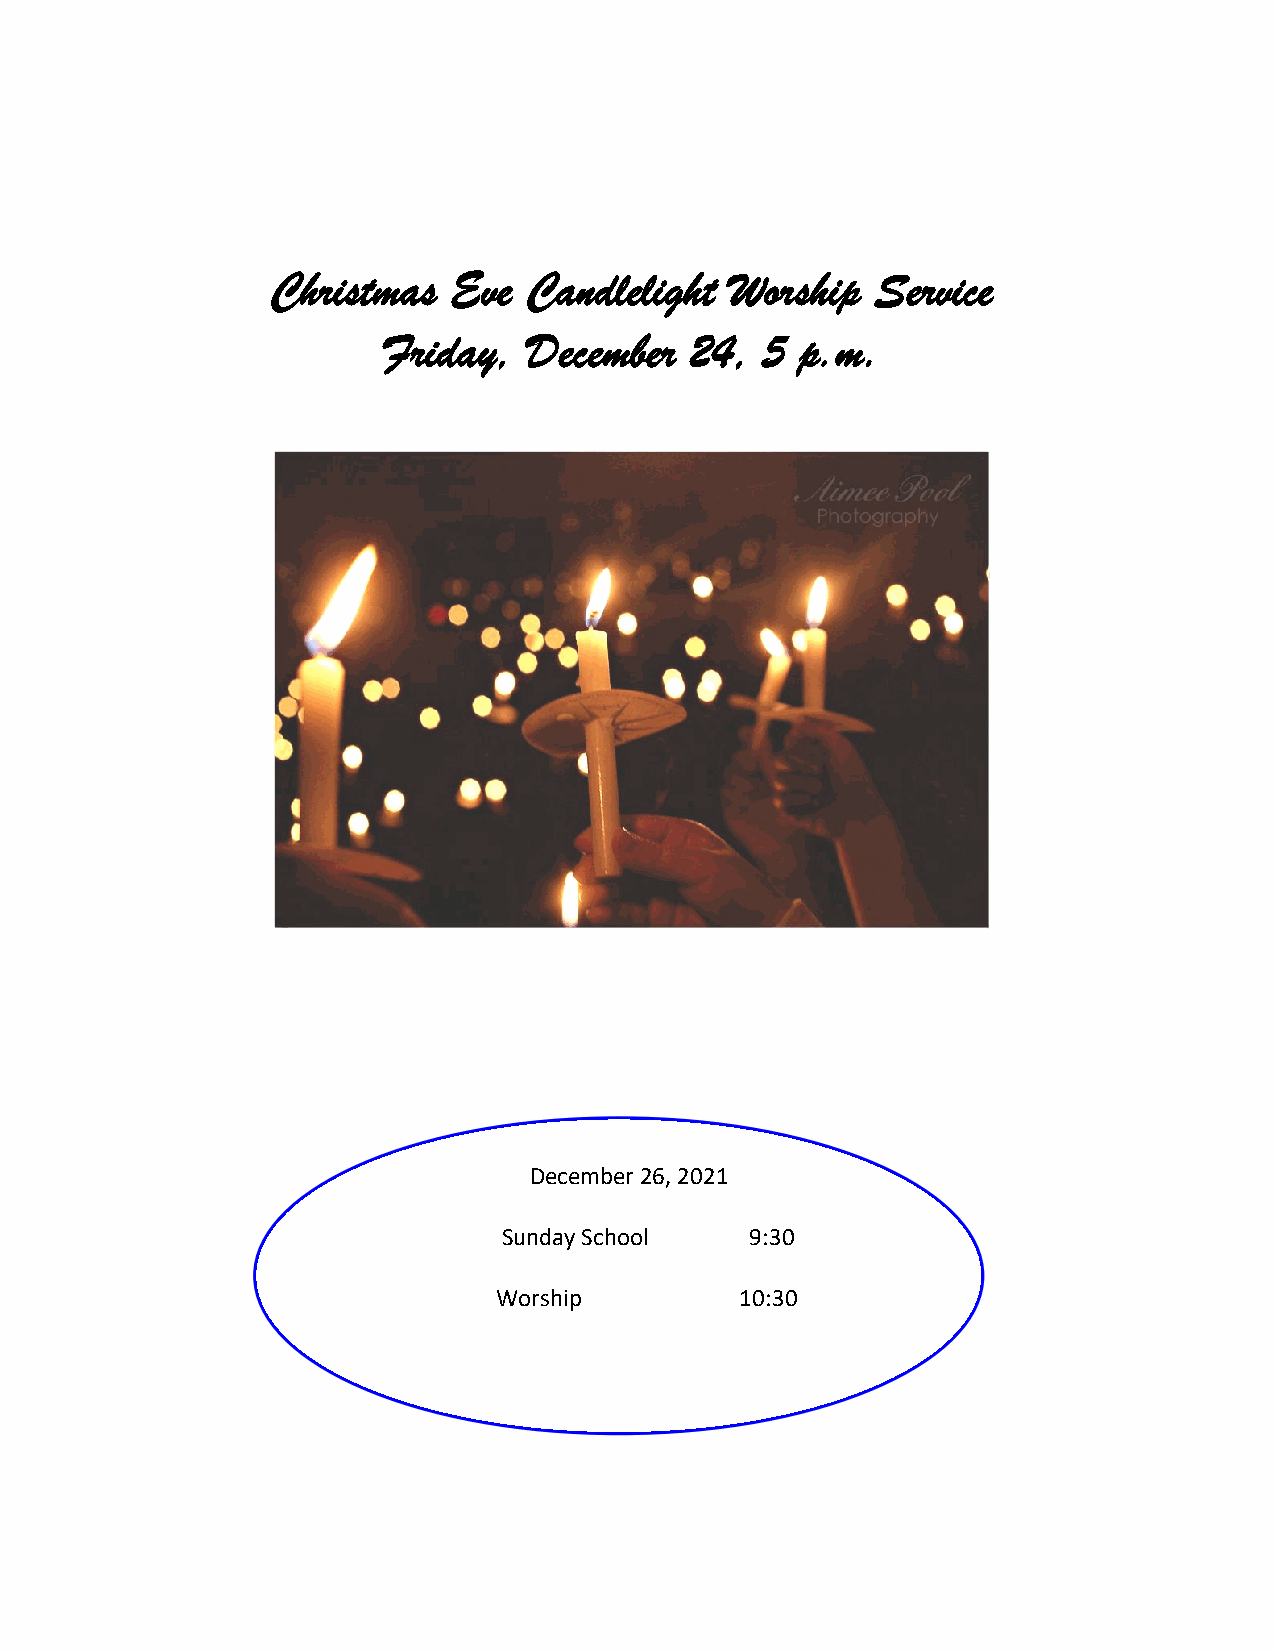
Christmas   Eve  Candlelight  Worship   Service
 Friday,   December   24,  5 p.m.
 December 26, 2021
 Sunday School    9:30
 Worship         10:30